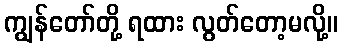
ကျွန်တော်တို့ ရထား လွတ်တော့မလို့။